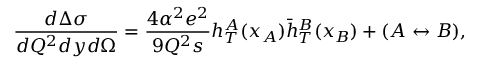
{ \frac { d \Delta \sigma } { d Q ^ { 2 } d y d \Omega } } = { \frac { 4 \alpha ^ { 2 } e ^ { 2 } } { 9 Q ^ { 2 } s } } h _ { T } ^ { A } ( x _ { A } ) \bar { h } _ { T } ^ { B } ( x _ { B } ) + ( A \leftrightarrow B ) ,